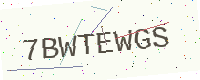
Text: 7BWTEWGS